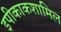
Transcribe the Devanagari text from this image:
इपीकाकशामिल